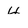
Character: 4